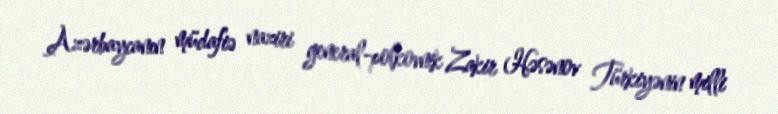
Azərbaycanın müdafiə naziri general-polkovnik Zakir Həsənov Türkiyənin milli